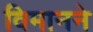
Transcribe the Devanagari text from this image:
विमानने